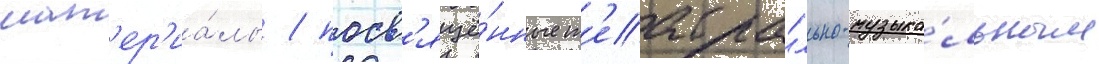
мат'ер'иа́лы / посв'ящё́нные т'еатра́льно-музыка́льным